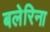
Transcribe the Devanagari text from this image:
बलेरिना